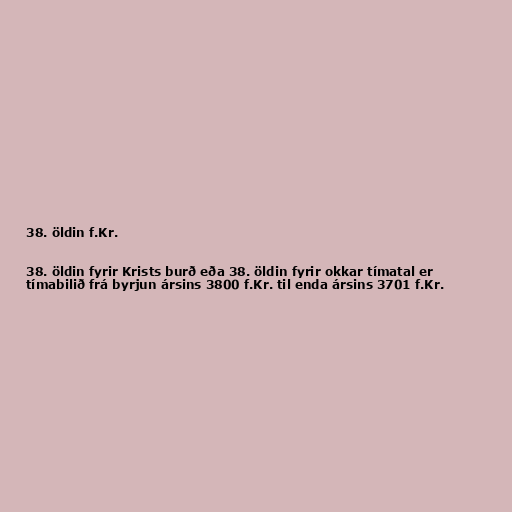
38. öldin f.Kr.

38. öldin fyrir Krists burð eða 38. öldin fyrir okkar tímatal er
tímabilið frá byrjun ársins 3800 f.Kr. til enda ársins 3701 f.Kr.